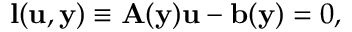
\mathbf { l } ( \mathbf { u } , \mathbf { y } ) \equiv \mathbf { A } ( \mathbf { y } ) \mathbf { u } - \mathbf { b } ( \mathbf { y } ) = 0 ,